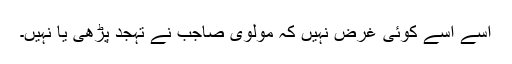
اسے اسے کوئی غرض نہیں کہ مولوی صاجب نے تہجد پڑھی یا نہیں۔